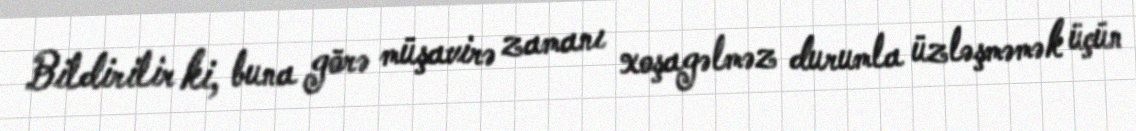
Bildirilir ki, buna görə müşavirə zamanı xoşagəlməz durumla üzləşməmək üçün